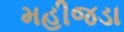
મહીજડા